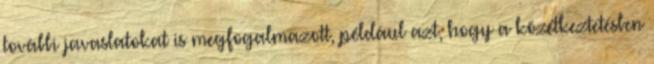
további javaslatokat is megfogalmazott, például azt, hogy a közétkeztetésben